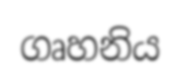
ගෘහනිය